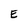
Character: E